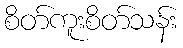
စိတ်ကူးစိတ်သန်း